Report on plague and inoculation in the Punjab from October 1st ... to September 30th..., being the ... season of plague in the province
Disease focus: Plague
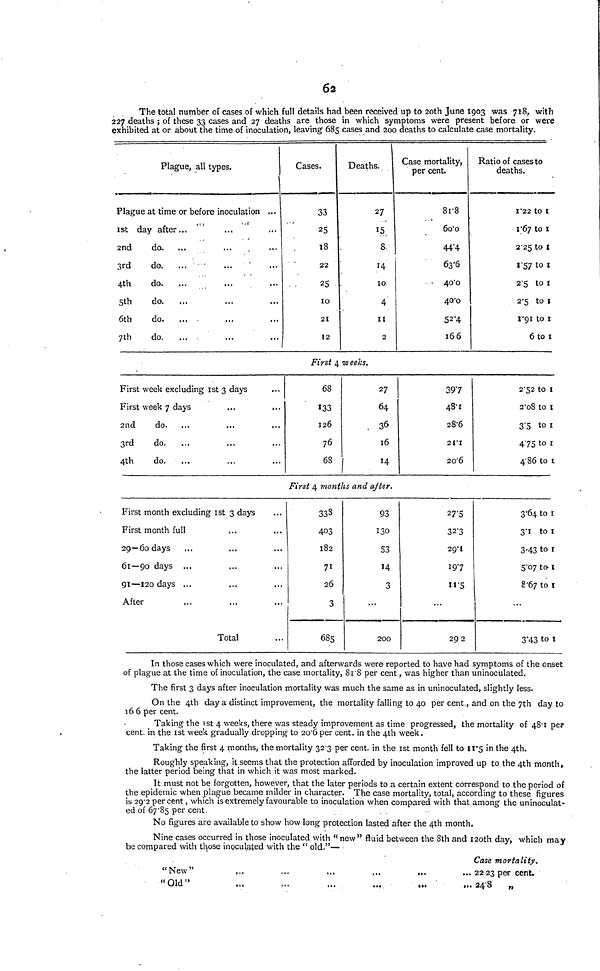
62
The total number of cases of which full details had been received up to 20th June 1903 was 718, with
227 deaths ; of these 33 cases and 27 deaths are those in which symptoms were present before or were
exhibited at or about the time of inoculation, leaving 685 cases and 200 deaths to calculate case mortality.
Plague, all types.
Plague at time or before inoculation ...
1st day after...
2nd
do.
3rd
do.
4th
do.
5th
do.
6th
do.
... -
7th
do.
Cases.
33
25
18
22
25
10
21
12
Deaths.
27
15
8
10
4
11
2
Case mortality,
per cent.
8r8
6o'o
44.4
63.6
40.0
40.0
52.4
166
Ratio of cases to
deaths.
1.22 to 1
1.67 to 1
2.25 to 1
1.57 to 1
2.5 to 1
2.5 to 1
1.91 to 1
6 to 1
First 4 weeks.
First week excluding 1st 3 days
First week 7 days
2nd
do.
3rd
do.
4th
do.
68
133
126
76
68
27
64
36
16
14
397
48.1
28.6
21.1
20.6
2.52 to 1
2.08 to 1
3.5 to 1
4.75 to 1
4.86 to 1
First 4 months and after.
First month excluding 1st 3 days
First month full
29—60 days
61—90 days ...
91—120 days ...
After
Total
338
403
182
71
26
3
685
93
130
53
3
...
200
270
32.3
29.1
19.7
11.5
...
29.2
3.64 to 1
3.1 to 1
3.43 to 1
5.07 to 1
8.67 to 1
...
3.43 to 1
In those cases which were inoculated, and afterwards were reported to have had symptoms of the onset
of plague at the time of inoculation, the case mortality, 8r8 per cent, was higher than uninoculated.
The first 3 days after inoculation mortality was much the same as in uninoculated, slightly less.
On the 4th day a distinct improvement, the mortality falling to 40 per cent., and on the 7th day to
166 per cent.
Taking the 1st 4 weeks, there was steady improvement as time progressed, the mortality of 48.1 per
cent. in the 1st week gradually dropping to 20.6 per cent. in the 4th week.
Taking the first 4 months, the mortality 323 per cent. in the 1st month fell to 11.5 in the 4th.
Roughly speaking, it seems that the protection afforded by inoculation improved up to the 4th month,
the latter period being that in which it was most marked.
It must not be forgotten, however, that the later periods to a certain extent correspond to the period of
the epidemic when plague became milder in character. The case mortality, total, according to these figures
is 29.2 percent, which is extremely favourable to inoculation when compared with that among the uninoculat-
ed of 67.85 per cent.
No figures are available to show how long protection lasted after the 4th month.
Nine cases occurred in those inoculated with "new" fluid between the 8th and 120th day, which may
be compared with those inoculated with the " old."—
" New "
"Old"
...
...
...
...
...
...
...
...
...
Case mortality.
... 22.23 per cent.
... 24.8
„